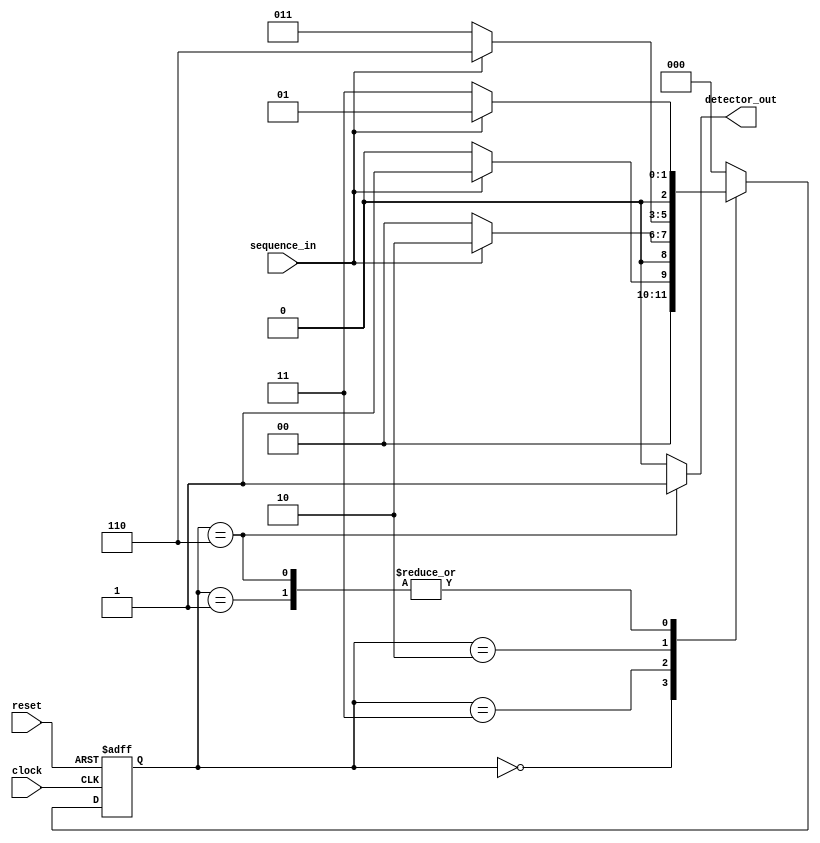
`timescale 1ns / 1ps
//////////////////////////////////////////////////////////////////////////////////
// Company: 
// Engineer: 
// 
// Design Name: 
// Module Name:    sd 
// Project Name: 
// Target Devices: 
// Tool versions: 
// Description: 
//
// Dependencies: 
//
// Revision: 
// Revision 0.01 - File Created
// Additional Comments: 
//
//////////////////////////////////////////////////////////////////////////////////
module sd(sequence_in,clock,reset,detector_out);
input clock,reset,sequence_in;
output reg detector_out;
parameter  Zero=3'b000,One=3'b001,OneZero=3'b011,OneZeroOne=3'b010,OneZeroOneOne=3'b110;
reg [2:0] current_state, next_state;

always @(posedge clock, posedge reset)
begin
 if(reset==1) 
 current_state <= Zero;
 else
 current_state <= next_state;
end 

always @(current_state,sequence_in)
begin
 case(current_state) 
 Zero:begin
  if(sequence_in==1)
   next_state = One;
  else
   next_state = Zero;
 end
 One:begin
  if(sequence_in==0)
   next_state = OneZero;
  else
   next_state = One;
 end
 OneZero:begin
  if(sequence_in==0)
   next_state = Zero;
  else
   next_state = OneZeroOne;
 end 
 OneZeroOne:begin
  if(sequence_in==0)
   next_state = OneZero;
  else
   next_state = OneZeroOneOne;
 end
 OneZeroOneOne:begin
  if(sequence_in==0)
   next_state = OneZero;
  else
   next_state = One;
 end
 default:next_state = Zero;
 endcase
end

always @(current_state)
begin 
 case(current_state) 
 Zero:   detector_out = 0;
 One:   detector_out = 0;
 OneZero:  detector_out = 0;
 OneZeroOne:  detector_out = 0;
 OneZeroOneOne:  detector_out = 1;
 default:  detector_out = 0;
 endcase
end 
endmodule